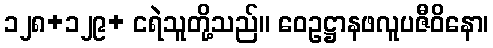
၁၂၈+၁၂၉+ ငရဲသူတို့သည်။ ဝေဥဋ္ဌာနဖလူပဇီဝိနော၊